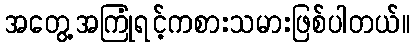
အတွေ့အကြုံရင့်ကစားသမားဖြစ်ပါတယ်။